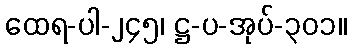
ထေရ-ပါ-၂၄၅၊ ဋ္ဌ-ပ-အုပ်-၃၀၁။